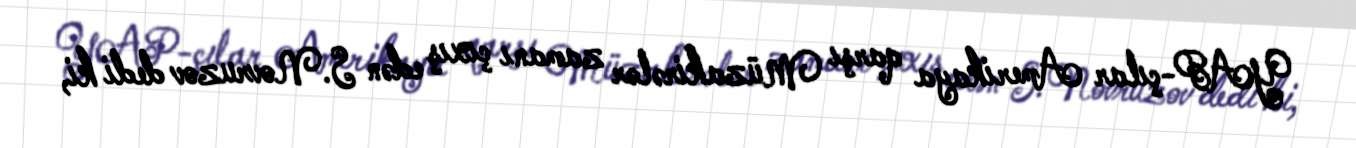
YAP-çılar Amerikaya qarşı Müzakirələr zamanı çıxış edən S.Novruzov dedi ki,